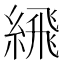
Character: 𦂹